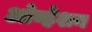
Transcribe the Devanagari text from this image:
ओव्हेशन